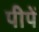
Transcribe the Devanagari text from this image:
पीपें